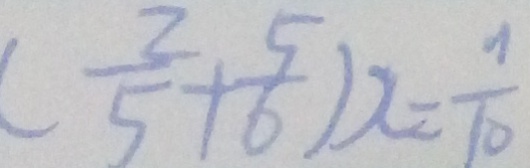
( \frac { 2 } { 5 } + \frac { 5 } { 6 } ) x = \frac { 7 } { 1 0 }